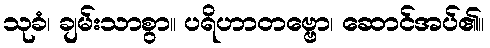
သုခံ၊ ချမ်းသာစွာ။ ပရိဟာတဗ္ဗော၊ ဆောင်အပ်၏။